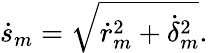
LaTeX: \dot{s}_{m}=\sqrt{\dot{r}_{m}^{2}+\dot{\delta}_{m}^{2}}.